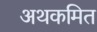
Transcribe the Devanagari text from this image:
अथकमित